Indian journal of veterinary science and animal husbandry - Volumes 22-23, 1952-1953
Year: 1952
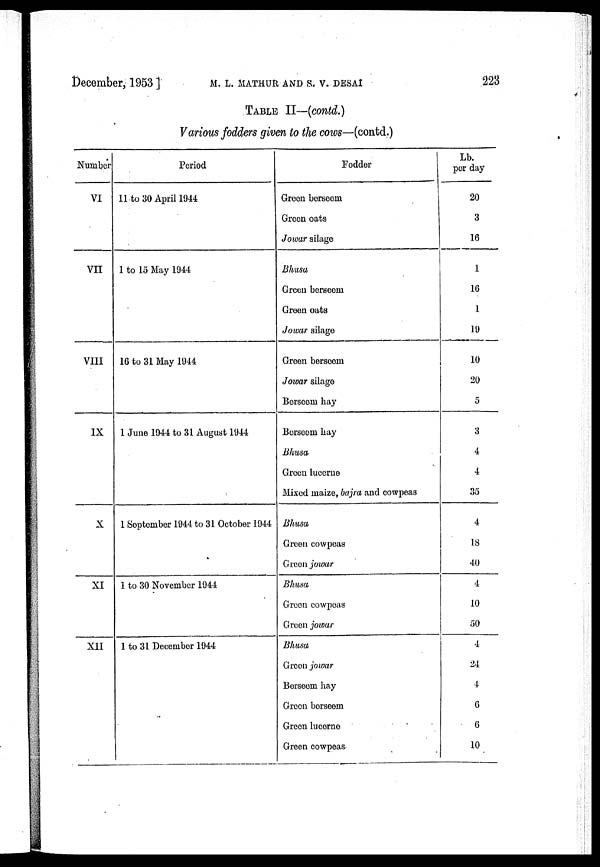
December, 1953 ]
M.
L.
MATHUR
AND
S.
V.
DESAI
223
TABLE II—(contd.)
Various fodders given to the cows—(contd.)
Number
VI
VII
VIII
IX
X
XI
XII
Period
11 to 30 April 1944
1 to 15 May 1944
16 to 31 May 1944
1 June 1944 to 31 August 1944
1 September 1944 to 31 October 1944
1 to 30 November 1944
1 to 31 December 1944
Fodder
Green berseem
Green oats
Jowar silage
Bhusa
Green berseem
Green oats
Jowar silage
Green berseem
Jowar silage
Berseem hay
Berseem hay
Bhusa
Green lucerne
Mixed maize, bajra and cowpeas
Bhusa
Green cowpeas
Green jowar
Bhusa
Green cowpeas
Green jowar
Bhusa
Green jowar
Berseem hay
Green berseem
Green lucerne
Green cowpeas
Lb.
per day
20
3
16
1
16
1
19
10
20
5
3
4
4
35
4
18
40
4
10
50
4
24
4
6
6
10